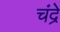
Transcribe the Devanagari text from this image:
चंद्रे